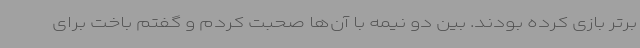
برتر بازی کرده بودند. بین دو نیمه با آن‌ها صحبت کردم و گفتم باخت برای